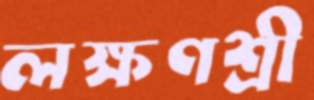
লক্ষণশ্রী